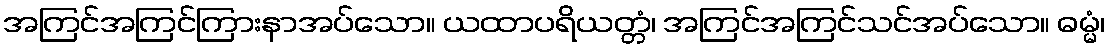
အကြင်အကြင်ကြားနာအပ်သော။ ယထာပရိယတ္တံ၊ အကြင်အကြင်သင်အပ်သော။ ဓမ္မံ၊